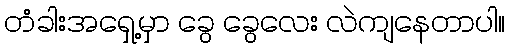
တံခါးအရှေ့မှာ ခွေ ခွေလေး လဲကျနေတာပါ။